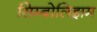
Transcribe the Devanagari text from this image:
सिम्बोलिझम